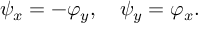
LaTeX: \psi _ { x } = - \varphi _ { y } , \quad \psi _ { y } = \varphi _ { x } .